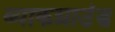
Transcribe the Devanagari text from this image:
ब्याकग्राउंड